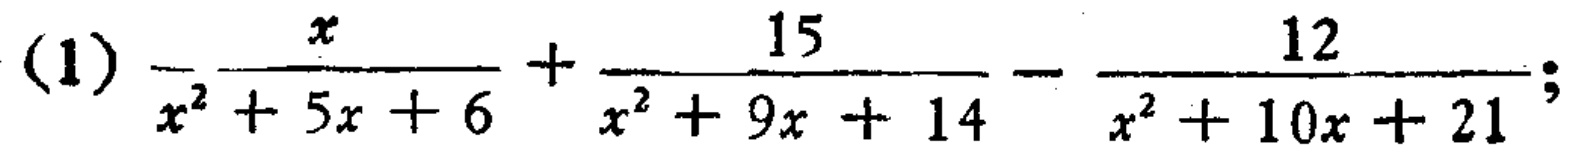
(1) \(\frac{x}{x^{2}+5x + 6}+\frac{15}{x^{2}+9x + 14}-\frac{12}{x^{2}+10x + 21}\);